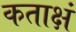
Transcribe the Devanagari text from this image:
कताक्षं